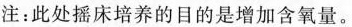
注：此处摇床培养的目的是增加含氧量。